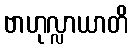
ဗာဟုလ္လာယာတိ